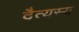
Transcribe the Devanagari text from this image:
दैत्यस्य